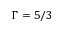
\Gamma = 5 / 3